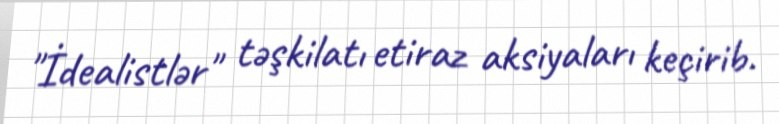
"İdealistlər" təşkilatı etiraz aksiyaları keçirib.